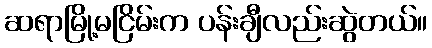
ဆရာမြို့မငြိမ်းက ပန်းချီလည်းဆွဲတယ်။